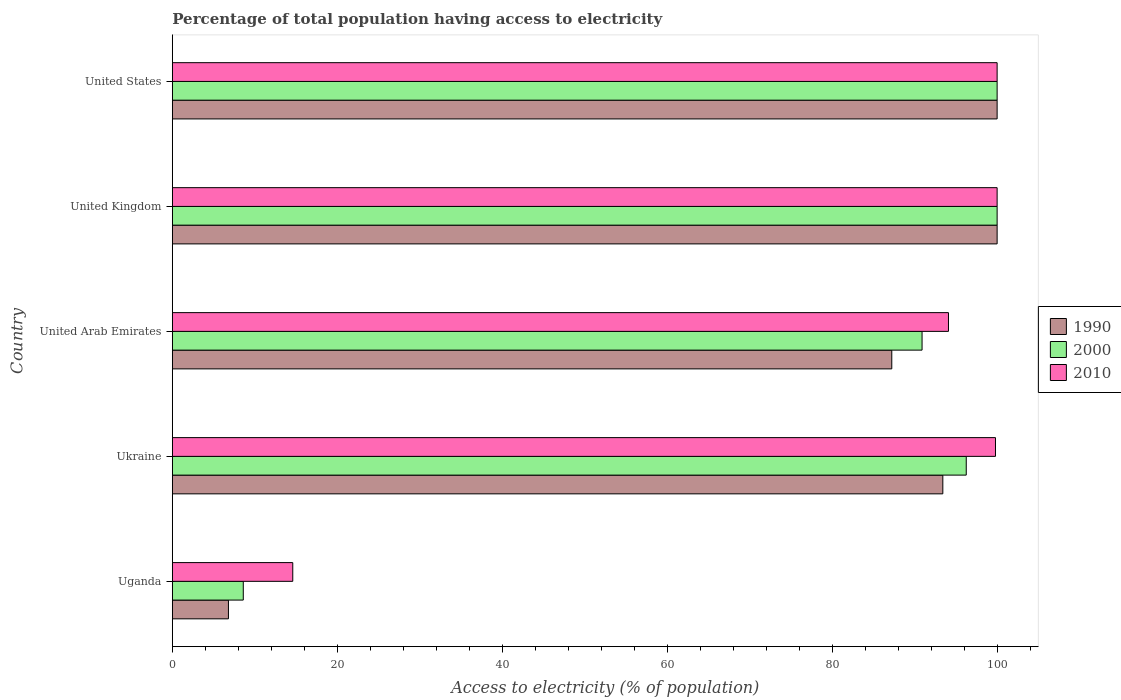
| Country | 1990 | 2000 | 2010 |
 | --- | --- | --- | --- |
 | Uganda | 6.8 | 8.6 | 14.6 |
 | Ukraine | 93.4 | 96.3 | 99.8 |
 | United Arab Emirates | 87.2 | 90.9 | 94.1 |
 | United Kingdom | 100 | 100 | 100 |
 | United States | 100 | 100 | 100 |